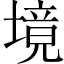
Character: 境